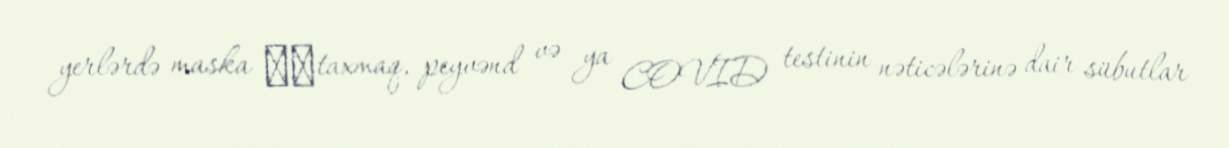
yerlərdə maska ​​taxmaq, peyvənd və ya COVID testinin nəticələrinə dair sübutlar